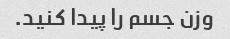
وزن جسم را پیدا کنید.